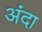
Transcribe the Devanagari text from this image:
अंदा